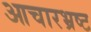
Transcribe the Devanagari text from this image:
आचारभ्रष्ट